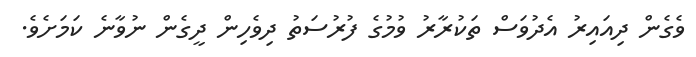
ވެގެން ދިއައިރު އެދުވަސް ތަކުރާރު ވުމުގެ ފުރުސަތު ދިވެހިން ދީގެން ނުވާނެ ކަމަށެވެ.